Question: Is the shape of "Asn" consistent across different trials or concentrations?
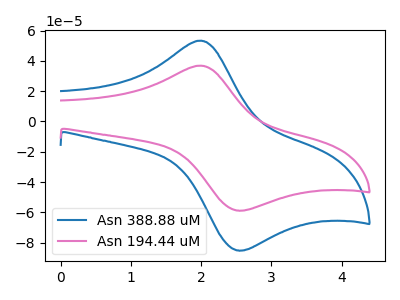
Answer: <think>The blue curve "Asn 388.88 uM" has an anodic peak at (2.00V, 53.35uA) and a cathodic peak at (2.50V, -85.05uA). The pink curve "Asn 194.44 uM" has an anodic peak at (2.00V, 36.85uA) and a cathodic peak at (2.50V, -58.75uA).
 All the peaks in "Asn 388.88 uM" have a peak in "Asn 194.44 uM" at the same potential. Every peak in "Asn 388.88 uM" is higher than every peak in "Asn 194.44 uM".</think>
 <answer>All the CV's of "Asn" have similar shape.</answer>
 <eval>follow_rule</eval>